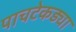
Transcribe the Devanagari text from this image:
पाचटेकड्या